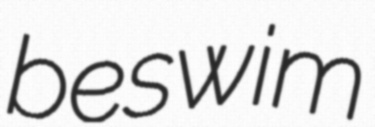
beswim